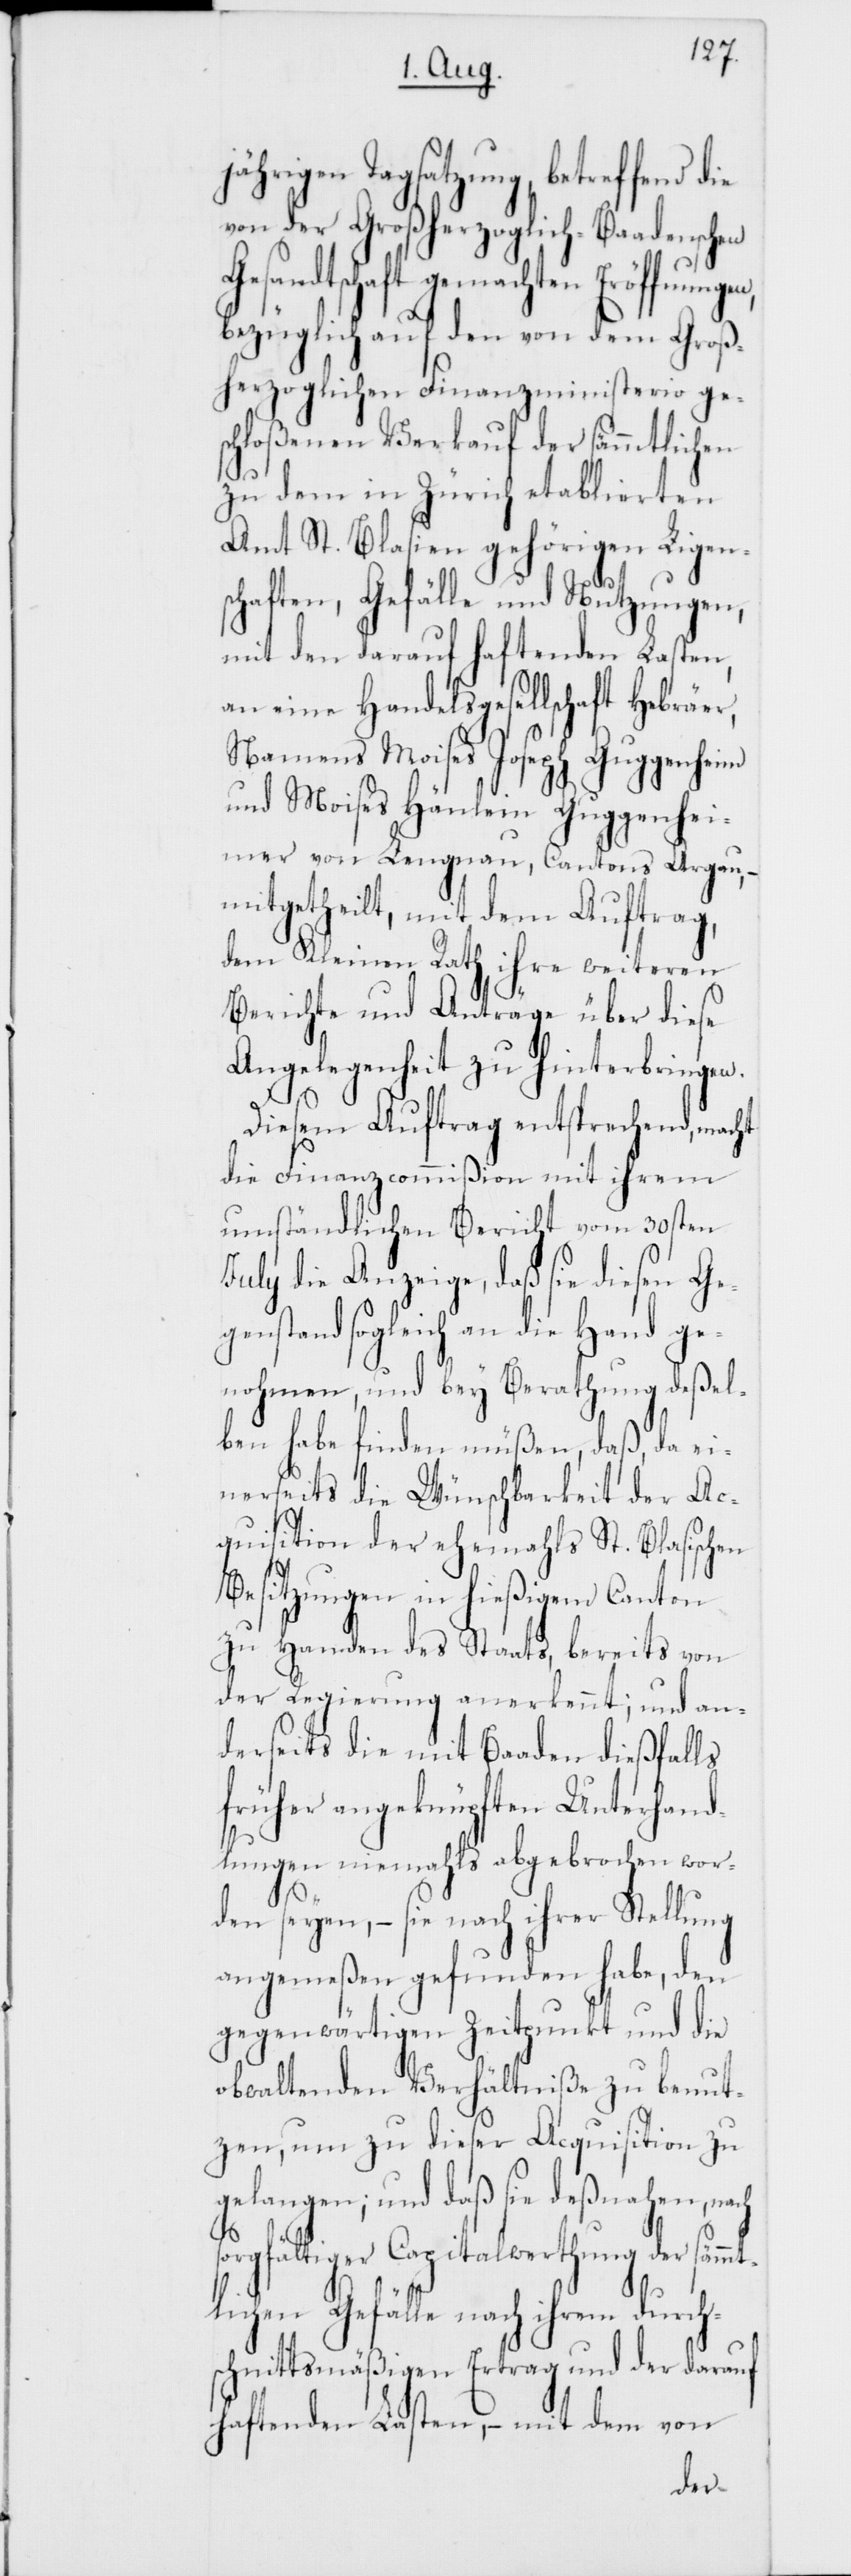
ährigen Tagsatzung, betreffend
von der Großherzoglich-Baadenschen
Gesandtschaft gemachten Eröffnung¬
bezüglich auf den von dem Groß¬
herzoglichen Finanzministerio ges¬
chloßenen Verkauf der sämmtlichen
zu dem in Zürich etablierten
Amt St. Blasien gehörigen Ligen¬
schaften, Gefälle und Nutzungen,
mit den darauf haftenden Lasten,
an eine Handelsgesellschaft Hebräer,
Namens Moises Joseph Guggenheim
und Moises Hänlein Guggenhei¬
mer von Lengnau, Cantons Argau, –
mitgetheilt, mit dem Auftrag,
dem Kleinen Rath ihre weiteren
Berichte und Anträge über diese
Angelegenheit zu hinterbringen.
Diesem Auftrag entsprechend, macht
die Finanzcommißion mit ihrem
umständlichen Bericht vom 30sten
ulii die Anzeige, daß sie diesen Ge¬
genstand sogleich an die Hand ge¬
nohmen, und bey Berathung deßel¬
ben habe finden müßen, daß, da ei¬
nerseits die Wünschbarkeit der Ac¬
quisition der ehemahls St. Blasischen
Besitzungen in hießigem Canton
zu Handen des Staats, bereits von
der Regierung anerkennt; und an¬
derseits die mit Baaden dießfalls
früher angeknüpften Unterhand¬
lungen niemahls abgebrochen wor¬
den seyen, – sie nach ihrer Stellung
angemeßen gefunden habe, den
gegenwärtigen Zeitpunkt und die
obwaltenden Verhältniße zu benut¬
zen, um zu dieser Acquisition zu
gelangen; und daß die deßnahen, nach
J¬
sorgfältiger Capitalwerthung der sämmt¬
lichen Gefälle nach ihrem durch¬
schnittsmäßigen Ertrag und der darauf
haftenden Lasten, – mit dem von
en,